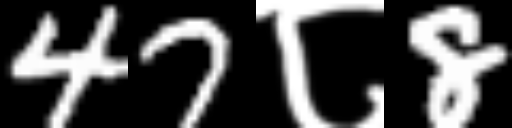
Text: 47८8